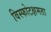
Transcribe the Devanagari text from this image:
विस्फोटक्षमता